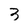
Character: 3